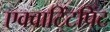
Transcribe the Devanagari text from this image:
एक्वाटिंटप्रिंट